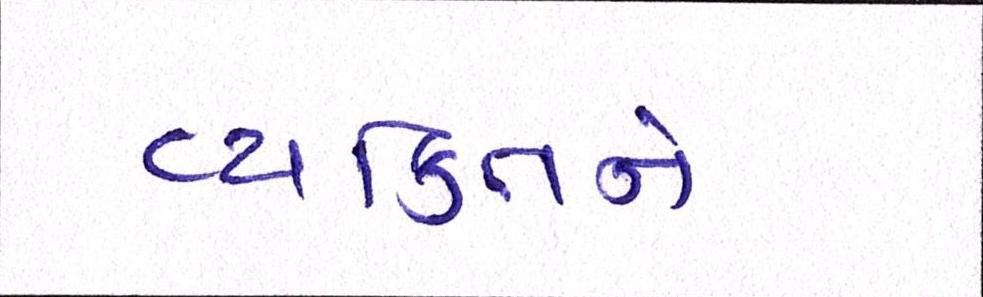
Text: વ્યકિતને